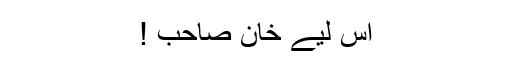
اس لیے خان صاحب !